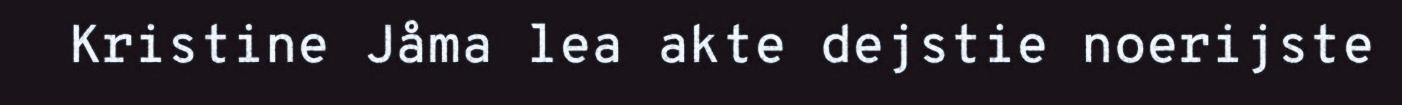
Kristine Jåma lea akte dejstie noerijste